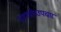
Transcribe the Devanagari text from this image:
पउपयोगउपचार